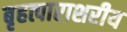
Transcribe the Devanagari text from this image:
बृहत्पाराशरीय